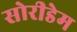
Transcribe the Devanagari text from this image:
सोरीडेम